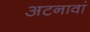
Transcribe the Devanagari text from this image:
अटनावां